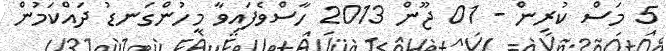
5 މަސް ކުރިން - 01 ޖޫން 2013 ހާސްވެފައިވާ މީހުންގަނޑު ދައްކަމުން